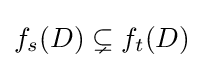
\displaystyle {f_{s}(D)\subsetneq f_{t}(D)}